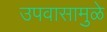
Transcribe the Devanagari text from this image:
उपवासामुळे